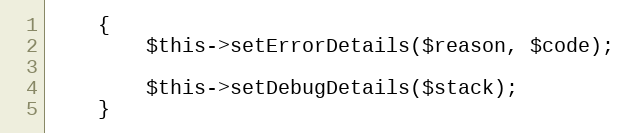
Language: PHP
    {
        $this->setErrorDetails($reason, $code);

        $this->setDebugDetails($stack);
    }